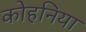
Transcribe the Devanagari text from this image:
कोहनिया